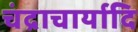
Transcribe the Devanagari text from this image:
चंद्राचार्यादि